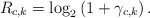
\begin{align*} R_{c,k}=\log_2\left(1+\gamma_{c,k}\right).\end{align*}